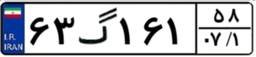
۵۷گ۰۴۳۹۵